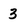
Character: 3